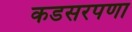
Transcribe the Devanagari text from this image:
कडसरपणा